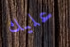
عليك